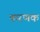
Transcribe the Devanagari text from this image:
करणक